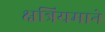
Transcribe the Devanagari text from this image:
क्षत्रियमाने